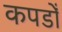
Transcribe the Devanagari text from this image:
कपडोँ